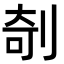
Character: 剞